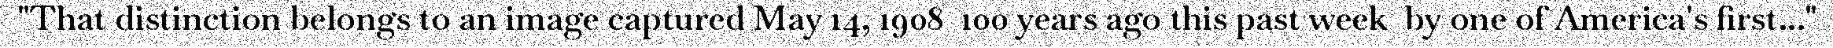
"That distinction belongs to an image captured May 14, 1908  100 years ago this past week  by one of America's first..."